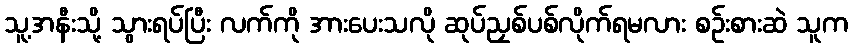
သူ့အနီးသို့ သွားရပ်ပြီး လက်ကို အားပေးသလို ဆုပ်ညှစ်ပစ်လိုက်ရမလား စဉ်းစားဆဲ သူက